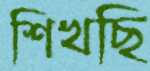
শিখছি